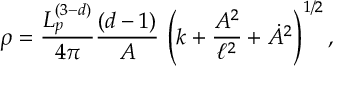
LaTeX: \rho = \frac { L _ { p } ^ { ( 3 - d ) } } { 4 \pi } \frac { ( d - 1 ) } { A } \, \left( k + \frac { A ^ { 2 } } { \ell ^ { 2 } } + \dot { A } ^ { 2 } \right) ^ { 1 / 2 } ,